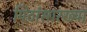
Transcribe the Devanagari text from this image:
पिठांसारख्या